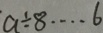
a \div 8 \cdots 6